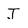
Character: J